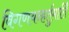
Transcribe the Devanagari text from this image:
विगणयन्हर्तुमार्तिं